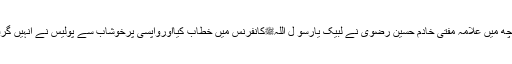
تفصیلات کے مطابق گزشتہ رات جامع مسجدمیانہ موچھ میں علامہ مفتی خادم حسین رضوی نے لبیک یارسو ل اللہﷺکانفرنس میں خطاب کیااورواپسی پرخوشاب سے پولیس نے انہیں گرفتارکرکے سٹی پولیس اسٹیشن میانوالی منتقل کردیاگیا۔